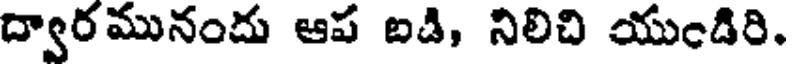
ద్వారమునందు ఆప బడి, నిలిచి యుండిరి.